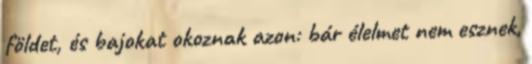
földet, és bajokat okoznak azon: bár élelmet nem esznek,